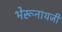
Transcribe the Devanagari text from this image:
भेरूनाथजी